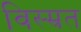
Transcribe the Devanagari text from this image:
विस्म्रत